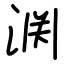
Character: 𫞘